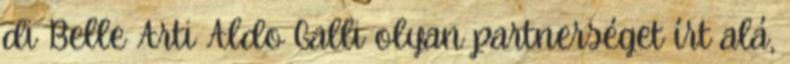
di Belle Arti Aldo Galli olyan partnerséget írt alá,